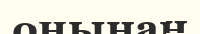
оңынан